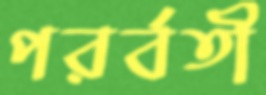
পরর্বতী